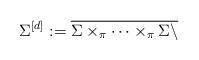
LaTeX: \begin{align*} \Sigma^{\left[ d \right]} := \overline{\Sigma \times_{\pi} \dots \times_{\pi}\Sigma \setminus } \end{align*}